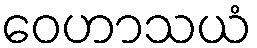
ဝေဟာသယံ